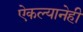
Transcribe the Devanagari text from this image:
ऐकल्यानेही